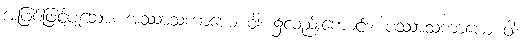
အဖြစ်ဖြင့်ပျံ့သော။ အဿာသကာယေ ဝါ၊ ၌လည်းကောင်း။ ပဿာသကာယေ ဝါ၊